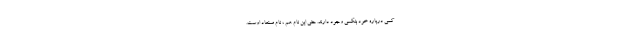
کمی درباره خود بنکسی وجود دارند. حتی این نام هم ، نام مستعاد اوست.